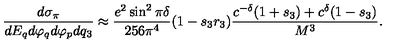
{ \frac { d \sigma _ { \pi } } { d E _ { q } d \varphi _ { q } d \varphi _ { p } d q _ { 3 } } } \approx { \frac { e ^ { 2 } \sin ^ { 2 } \pi \delta } { 2 5 6 \pi ^ { 4 } } } ( 1 - s _ { 3 } r _ { 3 } ) { \frac { c ^ { - \delta } ( 1 + s _ { 3 } ) + c ^ { \delta } ( 1 - s _ { 3 } ) } { M ^ { 3 } } } .